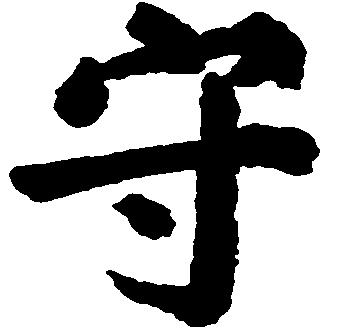
守